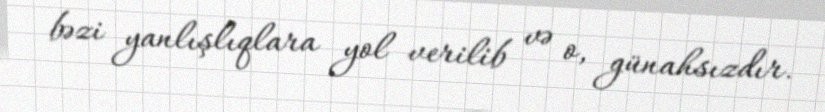
bəzi yanlışlıqlara yol verilib və o, günahsızdır.